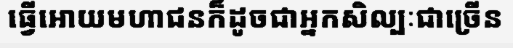
ធ្វើអោយមហាជនក៏ដូចជាអ្នកសិល្បៈជាច្រើន